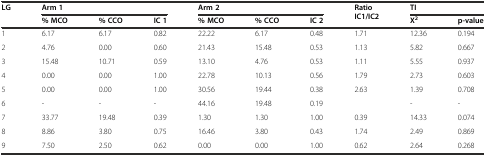
<table><thead><tr><td rowspan="2"><b>LG</b></td><td colspan="3"><b>Arm 1</b></td><td colspan="3"><b>Arm 2</b></td><td rowspan="2"><b>Ratio IC1/IC2</b></td><td colspan="2"><b>TI</b></td></tr><tr><td><b>% MCO</b></td><td><b>% CCO</b></td><td><b>IC 1</b></td><td><b>% MCO</b></td><td><b>% CCO</b></td><td><b>IC 2</b></td><td><b>X<sup>2</sup></b></td><td><b>p-value</b></td></tr></thead><tbody><tr><td>1</td><td>6.17</td><td>6.17</td><td>0.82</td><td>22.22</td><td>6.17</td><td>0.48</td><td>1.71</td><td>12.36</td><td>0.194</td></tr><tr><td>2</td><td>4.76</td><td>0.00</td><td>0.60</td><td>21.43</td><td>15.48</td><td>0.53</td><td>1.13</td><td>5.82</td><td>0.667</td></tr><tr><td>3</td><td>15.48</td><td>10.71</td><td>0.59</td><td>13.10</td><td>4.76</td><td>0.53</td><td>1.11</td><td>5.55</td><td>0.937</td></tr><tr><td>4</td><td>0.00</td><td>0.00</td><td>1.00</td><td>22.78</td><td>10.13</td><td>0.56</td><td>1.79</td><td>2.73</td><td>0.603</td></tr><tr><td>5</td><td>0.00</td><td>0.00</td><td>1.00</td><td>30.56</td><td>19.44</td><td>0.38</td><td>2.63</td><td>1.39</td><td>0.708</td></tr><tr><td>6</td><td>-</td><td>-</td><td>-</td><td>44.16</td><td>19.48</td><td>0.19</td><td></td><td>-</td><td>-</td></tr><tr><td>7</td><td>33.77</td><td>19.48</td><td>0.39</td><td>1.30</td><td>1.30</td><td>1.00</td><td>0.39</td><td>14.33</td><td>0.074</td></tr><tr><td>8</td><td>8.86</td><td>3.80</td><td>0.75</td><td>16.46</td><td>3.80</td><td>0.43</td><td>1.74</td><td>2.49</td><td>0.869</td></tr><tr><td>9</td><td>7.50</td><td>2.50</td><td>0.62</td><td>0.00</td><td>0.00</td><td>1.00</td><td>0.62</td><td>2.64</td><td>0.268</td></tr></tbody></table>